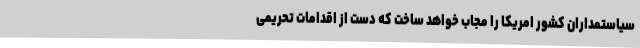
سیاستمداران کشور امریکا را مجاب خواهد ساخت که دست از اقدامات تحریمی